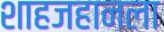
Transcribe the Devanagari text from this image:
शाहजहानला